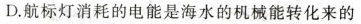
D.航标灯消耗的电能是海水的机械能转化来的